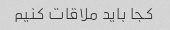
کجا باید ملاقات کنیم